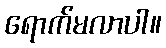
ရောက်မလာပါ။